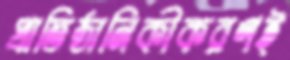
প্রাতিষ্ঠানিকীকরণই